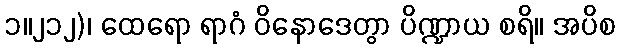
၁။၂၁၂)၊ ထေရော ရာဂံ ဝိနောဒေတွာ ပိဏ္ဍာယ စရိ။ အပိစ